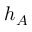
h _ { A }